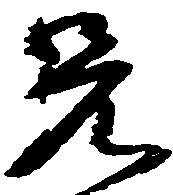
兄